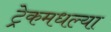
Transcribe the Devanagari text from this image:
ट्रेकमधल्या